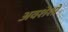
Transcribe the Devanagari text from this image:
अवशेशो